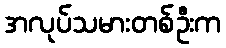
အလုပ်သမားတစ်ဦးက